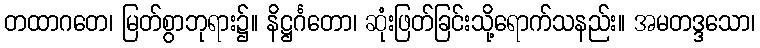
တထာဂတေ၊ မြတ်စွာဘုရား၌။ နိဋ္ဌင်္ဂတော၊ ဆုံးဖြတ်ခြင်းသို့ရောက်သနည်း။ အမတဒ္ဒသော၊